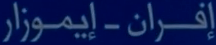
إِفْرَانٌ